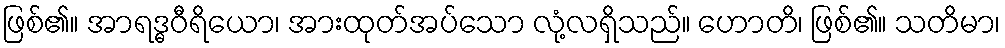
ဖြစ်၏။ အာရဒ္ဓဝီရိယော၊ အားထုတ်အပ်သော လုံ့လရှိသည်။ ဟောတိ၊ ဖြစ်၏။ သတိမာ၊